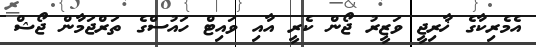
އެމެރިކާގެ ޚާރިޖީ ވަޒީރު ޖޯން ކެރީ އާއި ވައިޓް ހައުސްގެ ތަރްޖަމާން ޖޯޝް